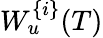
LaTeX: W_{u}^{\{ i\} }(T)